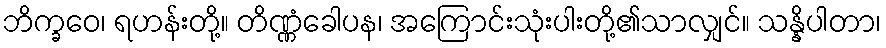
ဘိက္ခဝေ၊ ရဟန်းတို့။ တိဏ္ဏံခေါပန၊ အကြောင်းသုံးပါးတို့၏သာလျှင်။ သန္နိပါတာ၊